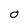
Character: O